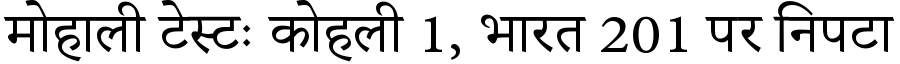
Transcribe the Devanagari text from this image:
मोहाली टेस्टः कोहली 1, भारत 201 पर निपटा